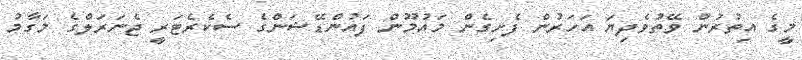
މީގެ އިތުރުން ވޭތުވެދިޔަ އަހަރުން ފެށިގެން މައުމޫން ފައުންޑޭޝަންގެ ސެކެރެޓަރީ ޖެނަރަލްގެ މަގާމު